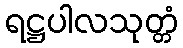
ရဋ္ဌပါလသုတ္တံ